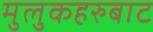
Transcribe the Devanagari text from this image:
मुलुकहरुबाट